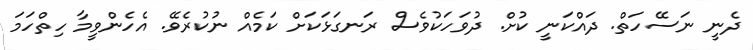
ދެނީ ނަސޭހަތް. ދައްކަނީ ކުށް. ދުވަހަކުވެސް ރަނގަޅަކަށް ކަމެއް ނުކުރެވޭ. އެހެންވީމާ ހިތްހަމަ